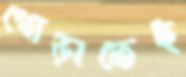
গোড়াতেই